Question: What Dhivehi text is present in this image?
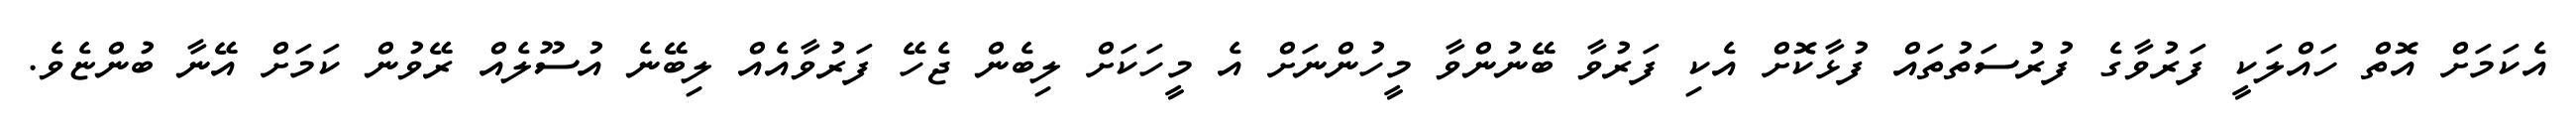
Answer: އެކަމަށް އޮތް ހައްލަކީ ފަރުވާގެ ފުރުސަތުތައް ފުޅާކޮށް އެކި ފަރުވާ ބޭނުންވާ މީހުންނަށް އެ މީހަކަށް ލިބެން ޖެހޭ ފަރުވާއެއް ލިބޭނެ އުސޫލެއް ރޭވުން ކަމަށް އޭނާ ބުންޏެވެ.